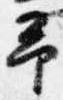
予